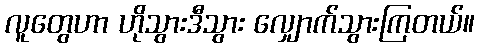
လူတွေဟာ ဟိုသွားဒီသွား လျှောက်သွားကြတယ်။